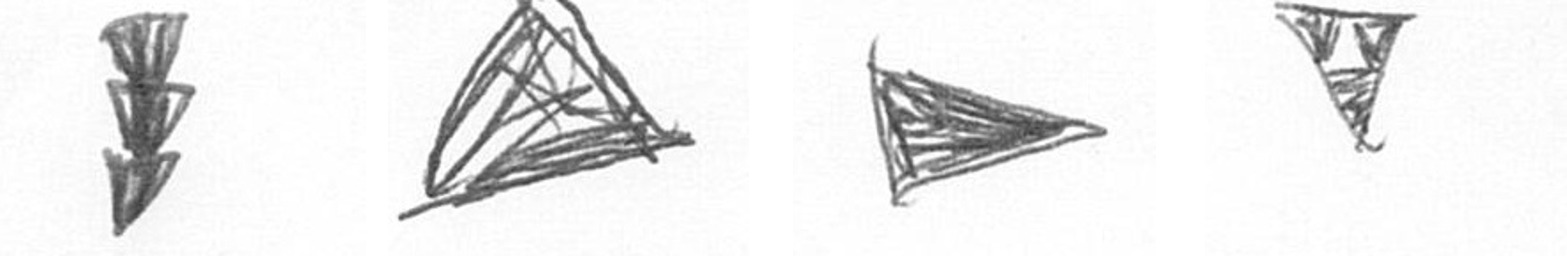
E O T S